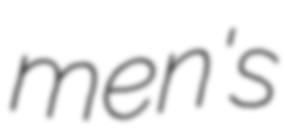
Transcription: men's